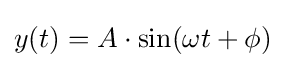
y(t)=A\cdot \sin(\omega t+\phi )